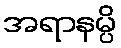
အရာနမ္ပိ